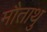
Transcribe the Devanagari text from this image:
मौताथु